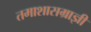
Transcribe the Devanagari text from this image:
तमाशासम्राज्ञी